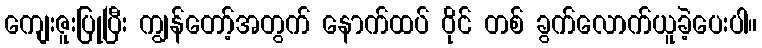
ကျေးဇူးပြုပြီး ကျွန်တော့်အတွက် နောက်ထပ် ဝိုင် တစ် ခွက်လောက်ယူခဲ့ပေးပါ။